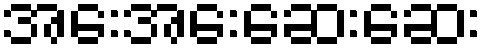
အေးအေးဆေးဆေး